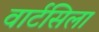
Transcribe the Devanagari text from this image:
वार्टसिला